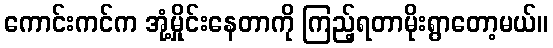
ကောင်းကင်က အုံ့မှိုင်းနေတာကို ကြည့်ရတာမိုးရွာတော့မယ်။